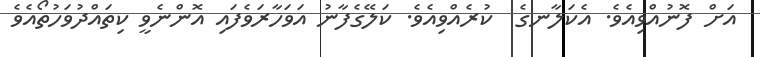
އަށް ފޮނުއްވިއެވެ. އެކަލާނގެ  ކުރެއްވިއެވެ. ކަލޭގެފާނު އަވަހާރަވެފައި އޮންނެވީ ކިތައްދުވަހުތޯއެވެ